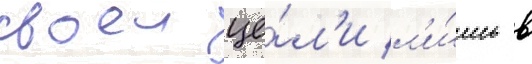
своеи це́л'и л'и́шь в